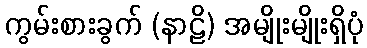
ကွမ်းစားခွက် (နာဠိ) အမျိုးမျိုးရှိပုံ